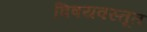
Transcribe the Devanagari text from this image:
विषयवस्तूत